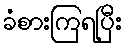
ခံစားကြရပြီး